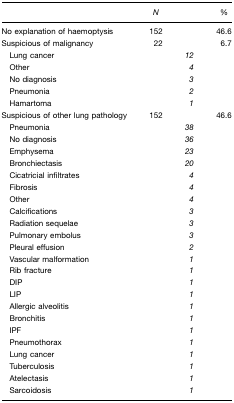
<table><thead><tr><td></td><td><b><i>N</i></b></td><td></td><td><b>%</b></td></tr></thead><tbody><tr><td>No explanation of haemoptysis</td><td>152</td><td></td><td>46.6</td></tr><tr><td>Suspicious of malignancy</td><td>22</td><td></td><td>6.7</td></tr><tr><td> Lung cancer</td><td></td><td><i>12</i></td><td></td></tr><tr><td> Other</td><td></td><td><i>4</i></td><td></td></tr><tr><td> No diagnosis</td><td></td><td><i>3</i></td><td></td></tr><tr><td> Pneumonia</td><td></td><td><i>2</i></td><td></td></tr><tr><td> Hamartoma</td><td></td><td><i>1</i></td><td></td></tr><tr><td>Suspicious of other lung pathology</td><td>152</td><td></td><td>46.6</td></tr><tr><td> Pneumonia</td><td></td><td><i>38</i></td><td></td></tr><tr><td> No diagnosis</td><td></td><td><i>36</i></td><td></td></tr><tr><td> Emphysema</td><td></td><td><i>23</i></td><td></td></tr><tr><td> Bronchiectasis</td><td></td><td><i>20</i></td><td></td></tr><tr><td> Cicatricial infiltrates</td><td></td><td><i>4</i></td><td></td></tr><tr><td> Fibrosis</td><td></td><td><i>4</i></td><td></td></tr><tr><td> Other</td><td></td><td><i>4</i></td><td></td></tr><tr><td> Calcifications</td><td></td><td><i>3</i></td><td></td></tr><tr><td> Radiation sequelae</td><td></td><td><i>3</i></td><td></td></tr><tr><td> Pulmonary embolus</td><td></td><td><i>3</i></td><td></td></tr><tr><td> Pleural effusion</td><td></td><td><i>2</i></td><td></td></tr><tr><td> Vascular malformation</td><td></td><td><i>1</i></td><td></td></tr><tr><td> Rib fracture</td><td></td><td><i>1</i></td><td></td></tr><tr><td> DIP</td><td></td><td><i>1</i></td><td></td></tr><tr><td> LIP</td><td></td><td><i>1</i></td><td></td></tr><tr><td> Allergic alveolitis</td><td></td><td><i>1</i></td><td></td></tr><tr><td> Bronchitis</td><td></td><td><i>1</i></td><td></td></tr><tr><td> IPF</td><td></td><td><i>1</i></td><td></td></tr><tr><td> Pneumothorax</td><td></td><td><i>1</i></td><td></td></tr><tr><td> Lung cancer</td><td></td><td><i>1</i></td><td></td></tr><tr><td> Tuberculosis</td><td></td><td><i>1</i></td><td></td></tr><tr><td> Atelectasis</td><td></td><td><i>1</i></td><td></td></tr><tr><td> Sarcoidosis</td><td></td><td><i>1</i></td><td></td></tr></tbody></table>